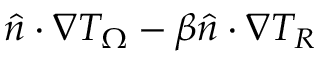
\boldsymbol { \hat { n } \cdot \nabla } T _ { \Omega } - \beta \boldsymbol { \hat { n } \cdot \nabla } T _ { R }